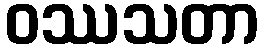
ဝဿသတာ